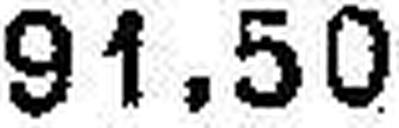
91.50